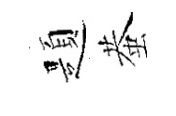
題蛬